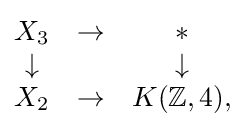
{\begin{matrix}X_{3}&\to &*\\\downarrow &&\downarrow \\X_{2}&\to &K(\mathbb {Z} ,4),\end{matrix}}